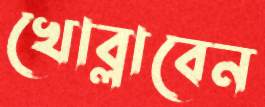
খোব্‌লাবেন